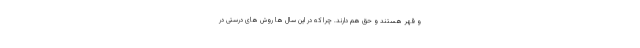
و قهر هستند و حق هم دارند. چرا که در این سال ها روش های درستی در